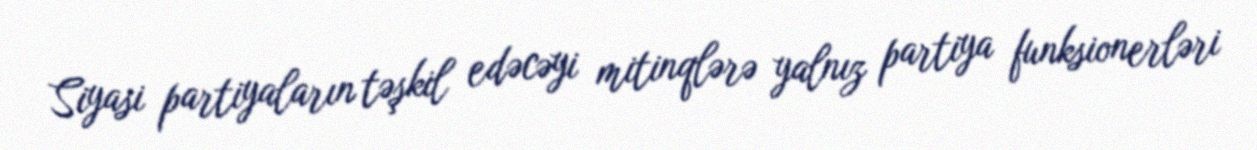
Siyasi partiyaların təşkil edəcəyi mitinqlərə yalnız partiya funksionerləri